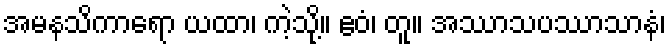
အမနသိကာရော ယထာ၊ ကဲ့သို့။ ဧဝံ၊ တူ။ အဿာသပဿာသာနံ၊